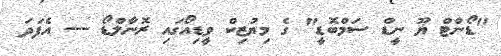
"ޑޯންޓް ޔޫ ނީޑް ސަމްބޮޑީ" ގެ މިޔުޒިކް ވީޑިއޯގައި ރޮނާލްޑޯ --- އެފަދަ